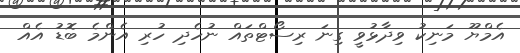
އެމްޔޫ މަނިކު ވިދާޅުވީ ގިނަ ރިސޯޓްތައް ނުހެދި ހުރި އެންމެ ބޮޑު އެއް